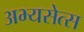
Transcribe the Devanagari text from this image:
अभ्यसेत्स